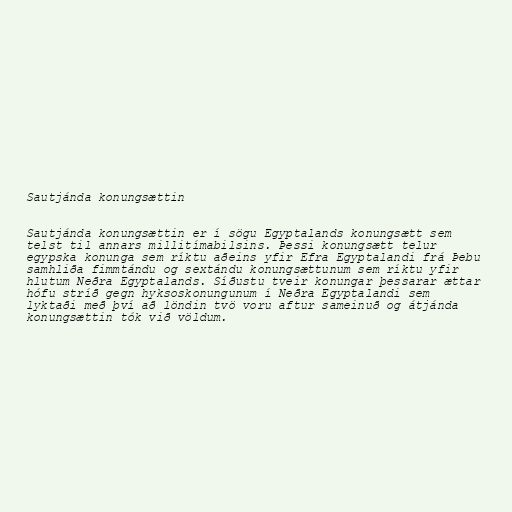
Sautjánda konungsættin

Sautjánda konungsættin er í sögu Egyptalands konungsætt sem
telst til annars millitímabilsins. Þessi konungsætt telur
egypska konunga sem ríktu aðeins yfir Efra Egyptalandi frá Þebu
samhliða fimmtándu og sextándu konungsættunum sem ríktu yfir
hlutum Neðra Egyptalands. Síðustu tveir konungar þessarar ættar
hófu stríð gegn hyksoskonungunum í Neðra Egyptalandi sem
lyktaði með því að löndin tvö voru aftur sameinuð og átjánda
konungsættin tók við völdum.